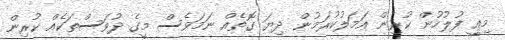
މިއީ ފުލުހުން ކުރިން އަމަލުކުރަމުން ދިޔަ ގޮތެއް ނަމަވެސް މީގެ ދުވަސްތަކެއް ކުރިން